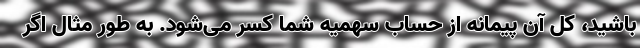
باشید، کل آن پیمانه از حساب سهمیه شما کسر می‌شود. به طور مثال اگر